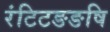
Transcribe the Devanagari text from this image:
रंटिटङङषि